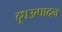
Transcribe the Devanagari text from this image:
दूधउत्पादन